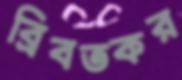
ব্রিবতকর